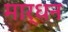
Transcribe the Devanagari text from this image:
मार्धन